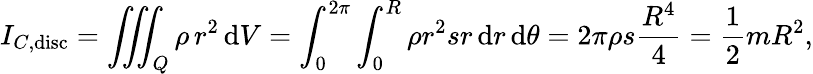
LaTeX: I_{C,{\mathrm{disc}}}=\iiint_{Q}\rho\, r^{2}\, \mathrm{d}V=\int_{0}^{2\pi}\int_{0}^{R}\rho r^{2}sr\, \mathrm{d}r\, \mathrm{d}\theta=2\pi\rho s{\frac{R^{4}}{4}}={\frac{1}{2}}mR^{2},